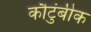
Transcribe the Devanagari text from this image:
कौटुंबीक